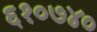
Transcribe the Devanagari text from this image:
६१०७४०